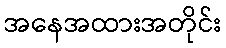
အနေအထားအတိုင်း